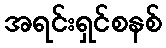
အရင်းရှင်စနစ်